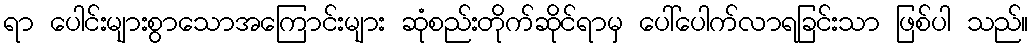
ရာ ပေါင်းများစွာသောအကြောင်းများ ဆုံစည်းတိုက်ဆိုင်ရာမှ ပေါ်ပေါက်လာရခြင်းသာ ဖြစ်ပါ သည်။